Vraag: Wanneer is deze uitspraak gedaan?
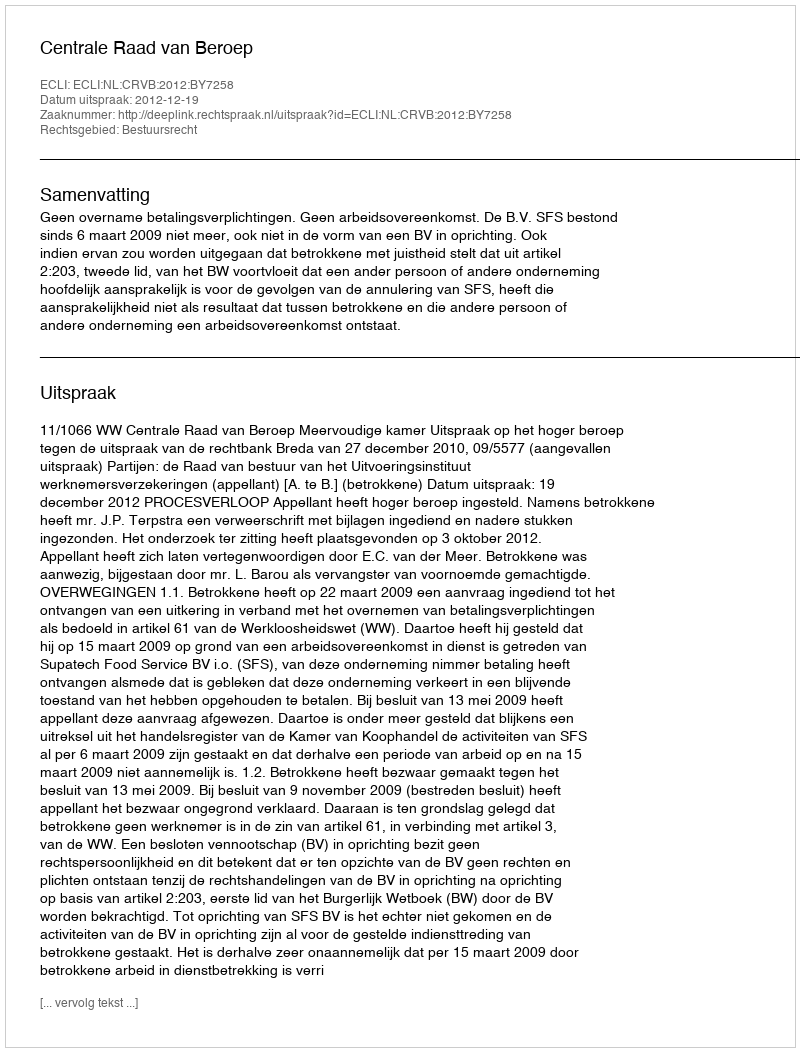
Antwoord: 2012-12-19